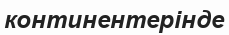
континентерінде